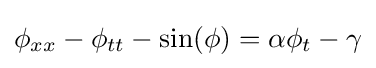
\phi _{xx}-\phi _{tt}-\sin(\phi )=\alpha \phi _{t}-\gamma